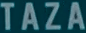
TAZA